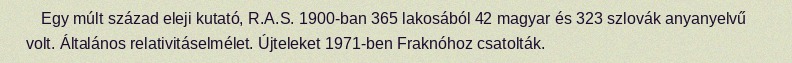
Egy múlt század eleji kutató, R.A.S. 1900-ban 365 lakosából 42 magyar és 323 szlovák anyanyelvű volt. Általános relativitáselmélet. Újteleket 1971-ben Fraknóhoz csatolták.